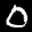
Label: 0